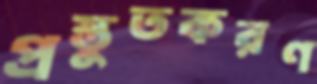
প্রস্তুতকরণ